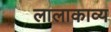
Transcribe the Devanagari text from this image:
लालाकाव्य